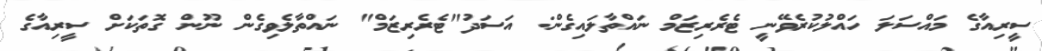
ސީރިއާގެ މައްސަލަ ހައްލުކުރެވޭނީ ޓެރެރިޒަމް ނައްތާލައިގެން: އަަސަދު"ޓެރެރިޒަމް" ނައްތާލެވިގެން ނޫން ގޮތަކަށް ސީރިއާގެ